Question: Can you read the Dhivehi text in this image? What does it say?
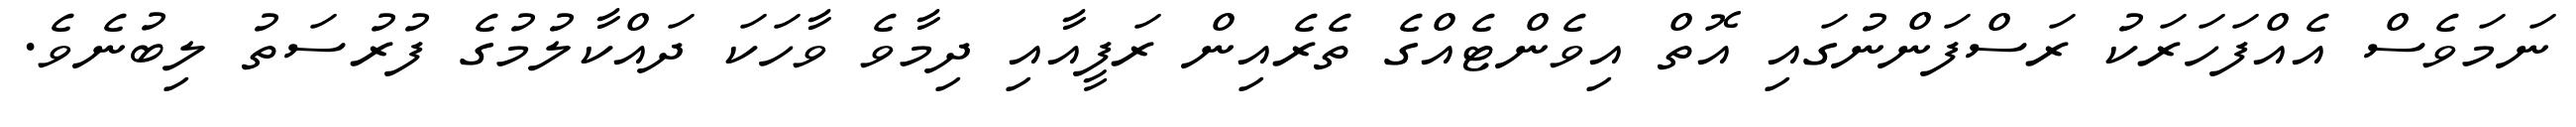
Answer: ނަމަވެސް އެއްފަހަރަކު ރަސްފަންނުގައި އޮތް އިވެންޓެއްގެ ތެރެއިން ރަފީއާއި ދިމާވެ ވާހަކަ ދައްކާލުމުގެ ފުރުސަތު ލިބުނެވެ.